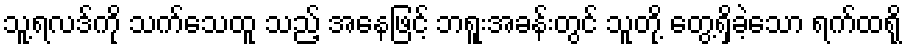
သူ့ရလဒ်ကို သက်သေထူ သည့် အနေဖြင့် ဘရူးအခန်းတွင် သူတို့ တွေ့ရှိခဲ့သော ရက်ထရို